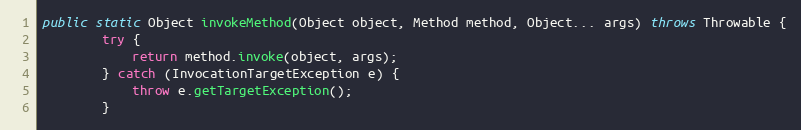
Language: Java
public static Object invokeMethod(Object object, Method method, Object... args) throws Throwable {
        try {
            return method.invoke(object, args);
        } catch (InvocationTargetException e) {
            throw e.getTargetException();
        }